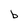
Character: b